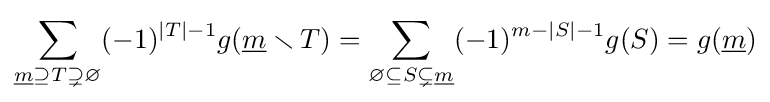
\sum _{{\underline {m}}\supseteq T\supsetneq \varnothing }(-1)^{|T|-1}g({\underline {m}}\smallsetminus T)=\sum _{\varnothing \subseteq S\subsetneq {\underline {m}}}(-1)^{m-|S|-1}g(S)=g({\underline {m}})